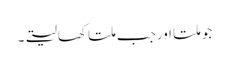
جو ملتا اورجب ملتا کھالیتے۔